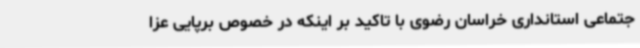
جتماعی استانداری خراسان رضوی با تاکید بر اینکه در خصوص برپایی عزا